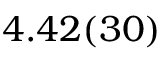
4 . 4 2 ( 3 0 )